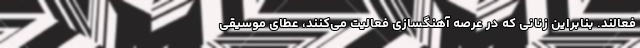
فعالند. بنابراین زنانی که در عرصه آهنگسازی فعالیت می‌کنند، عطای موسیقی